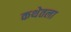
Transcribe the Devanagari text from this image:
कथेतला